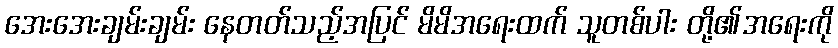
အေးအေးချမ်းချမ်း နေတတ်သည့်အပြင် မိမိအရေးထက် သူတစ်ပါး တို့၏အရေးကို